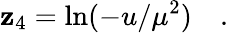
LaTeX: \mathbf{z}_{4}=\ln(-u/\mu^{2})\quad.